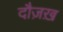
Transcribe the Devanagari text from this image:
दौज़ख़